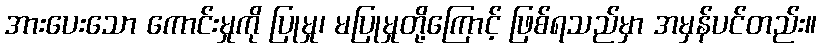
အားပေးသော ကောင်းမှုကို ပြုမှု၊ မပြုမှုတို့ကြောင့် ဖြစ်ရသည်မှာ အမှန်ပင်တည်း။